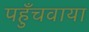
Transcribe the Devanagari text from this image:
पहुँचवाया